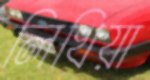
লিখিয়া